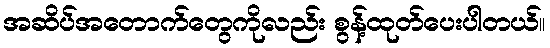
အဆိပ်အတောက်တွေကိုလည်း စွန့်ထုတ်ပေးပါတယ်။